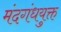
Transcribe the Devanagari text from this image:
मंदगंधयुक्त